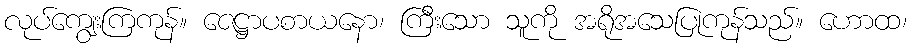
လုပ်ကျွေးကြကုန်။ ဇေဋ္ဌာပစာယနော၊ ကြီးသော သူကို အရိုအသေပြုကုန်သည်။ ဟောထ၊